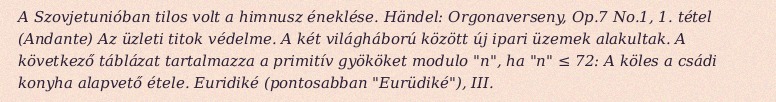
A Szovjetunióban tilos volt a himnusz éneklése. Händel: Orgonaverseny, Op.7 No.1, 1. tétel (Andante) Az üzleti titok védelme. A két világháború között új ipari üzemek alakultak. A következő táblázat tartalmazza a primitív gyököket modulo "n", ha "n" ≤ 72: A köles a csádi konyha alapvető étele. Euridiké (pontosabban "Eurüdiké"), III.